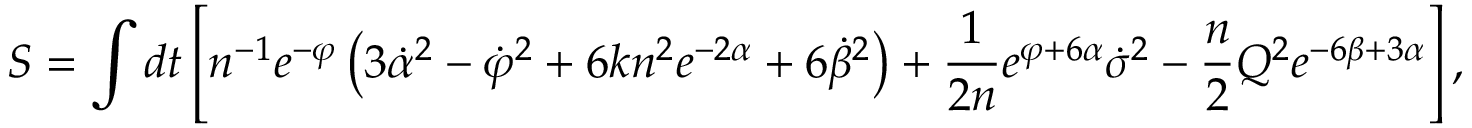
S = \int d t \left[ n ^ { - 1 } e ^ { - \varphi } \left( 3 \dot { \alpha } ^ { 2 } - \dot { \varphi } ^ { 2 } + 6 k n ^ { 2 } e ^ { - 2 \alpha } + 6 \dot { \beta } ^ { 2 } \right) + \frac { 1 } { 2 n } e ^ { \varphi + 6 \alpha } \dot { \sigma } ^ { 2 } - \frac { n } { 2 } Q ^ { 2 } e ^ { - 6 \beta + 3 \alpha } \right] ,